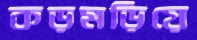
কড়মড়িয়ে